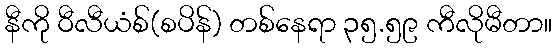
နီကို ဝီလီယံစ်(စပိန်) တစ်နေရာ ၃၅.၅၉ ကီလိုမီတာ။